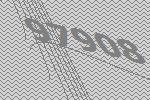
97908